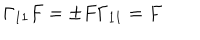
LaTeX: \Gamma _ { 1 1 } F = \pm F \Gamma _ { 1 1 } = F